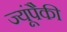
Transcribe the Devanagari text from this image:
ज्यूंपैकी